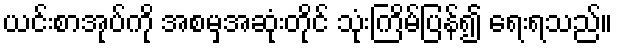
ယင်းစာအုပ်ကို အစမှအဆုံးတိုင် သုံးကြိမ်ပြန်၍ ရေးရသည်။